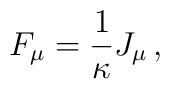
F_\mu  = {1 \over \kappa} J_\mu  \,    ,